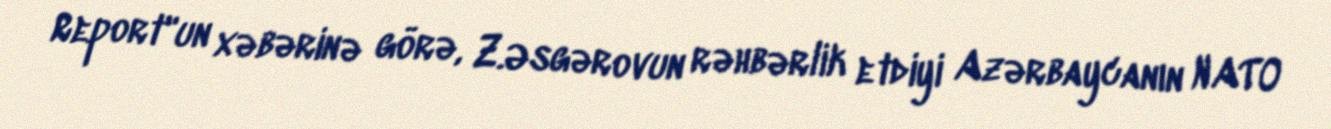
Report"un xəbərinə görə, Z.Əsgərovun rəhbərlik etdiyi Azərbaycanın NATO